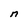
Character: n